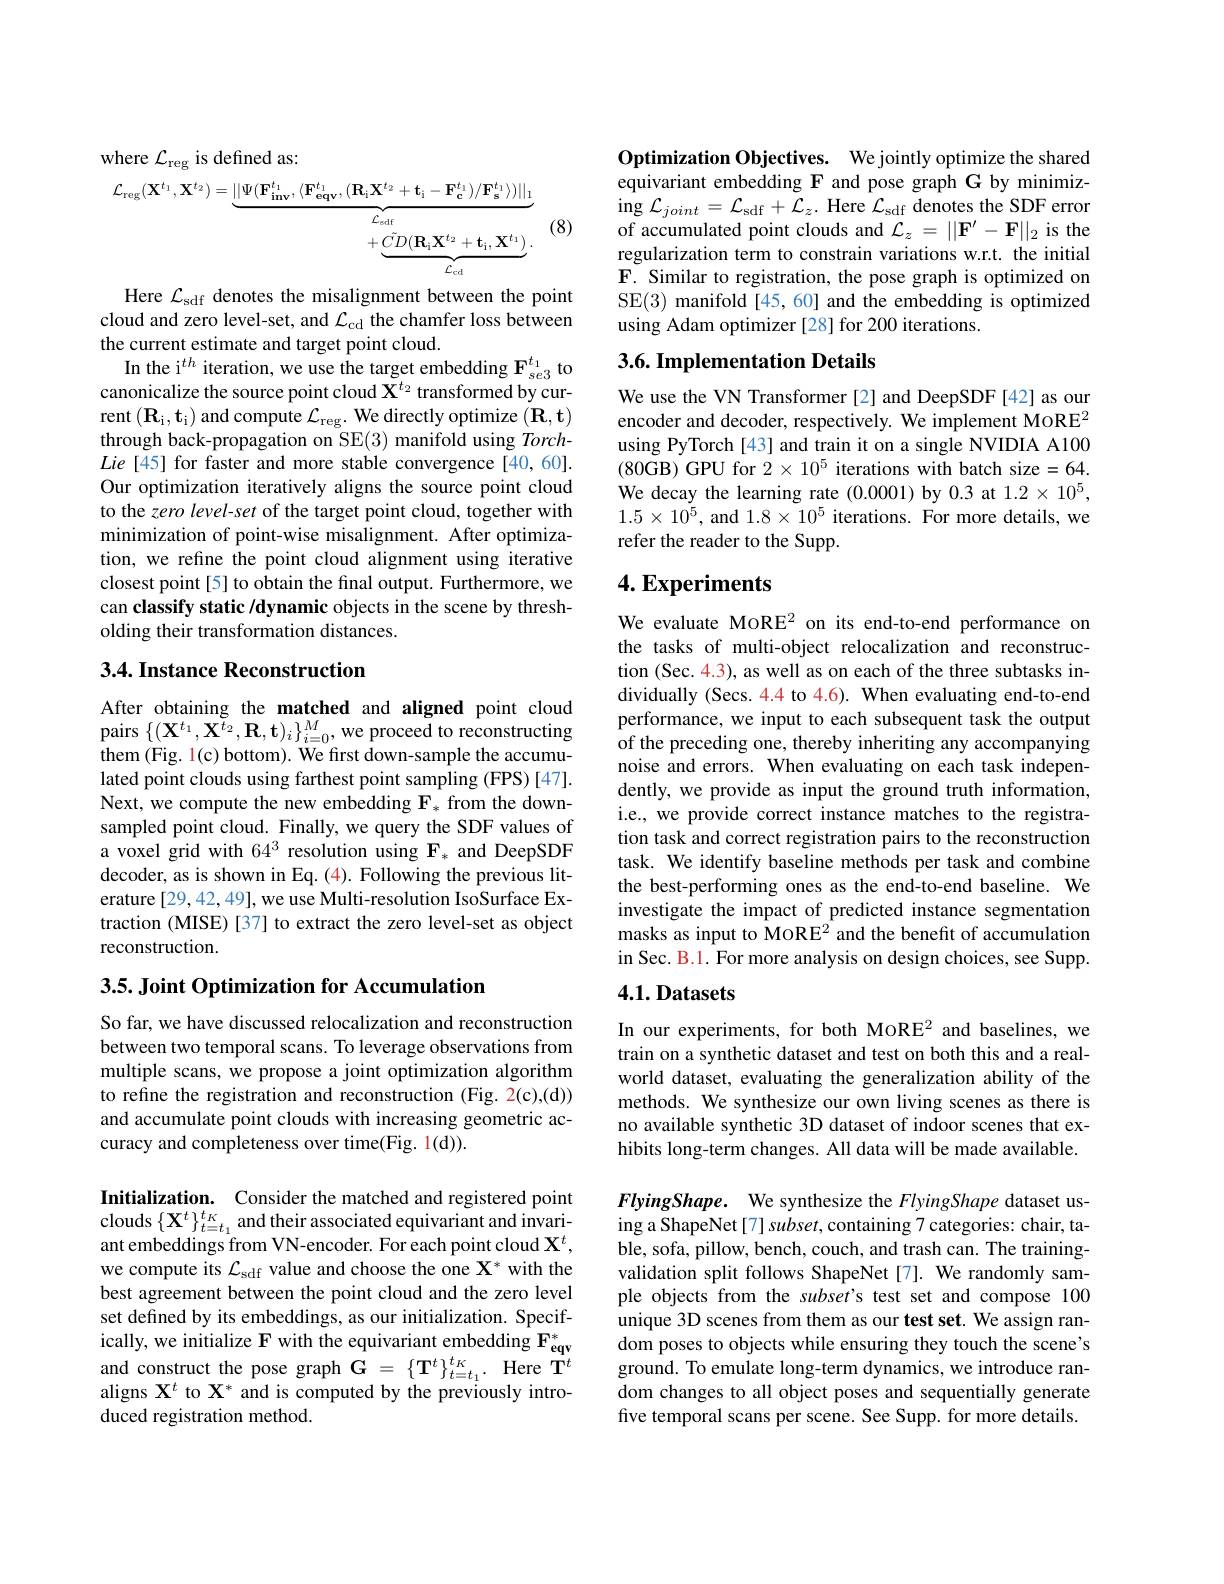
where $\mathcal{L}_\mathrm{reg}$ is defined as:
(8)
$$\begin{aligned}\mathcal{L}_{\mathrm{reg}}(\mathbf{X}^{t_{1}},\mathbf{X}^{t_{2}})=\underbrace{||\Psi(\mathbf{F}_{\mathbf{inv}}^{t_{1}},\langle\mathbf{F}_{\mathbf{eqv}}^{t_{1}},(\mathbf{R}_{\mathbf{i}}\mathbf{X}^{t_{2}}+\mathbf{t}_{\mathbf{i}}-\mathbf{F}_{\mathbf{c}}^{t_{1}})/\mathbf{F}_{\mathbf{s}}^{t_{1}}\rangle)||_{1}}_{\mathcal{L}_{\mathrm{edf}}}\\&+\underbrace{\tilde{CD}(\mathbf{R_{i}X^{t_{2}}+t_{i},X^{t_{1}}})}_{\mathcal{L}_{\mathrm{ed}}}.\end{aligned}$$
Here $\mathcal{L}_\mathrm{sdf}$ denotes the misalignment between the point cloud and zero level-set, and $\mathcal{L}_\mathrm{cd}$ the chamfer loss between the current estimate and target point cloud.
In the i$^th$ iteration, we use the target embedding $\mathbf{F}_{se3}^{t_1}$ to canonicalize the source point cloud $\mathbf{X}^{t_2}$ transformed by current $(\mathbf{R}_{\mathrm{i}},\mathbf{t}_{\mathrm{i}})$ and compute $\mathcal{L}_\mathrm{reg}.$ We directly optimize $(\mathbf{R},\mathbf{t})$ through back-propagation on SE(3) manifold using Torch- $Lie[45]$ for faster and more stable convergence[40,60]. Our optimization iteratively aligns the source point cloud to the zero level-set of the target point cloud, together with minimization of point-wise misalignment. After optimization, we refine the point cloud alignment using iterative closest point[5] to obtain the final output. Furthermore, we can classify static /dynamic objects in the scene by thresholding their transformation distances.

### 3.4. Instance Reconstruction

After obtaining the matched and aligned point cloud pairs $\{(\mathbf{X}^{t_{1}},\mathbf{X}^{t_{2}},\mathbf{R},\mathbf{t})_{i}\}_{i=0}^{M}$,we proceed to reconstructing them (Fig. 1(c) bottom). We first down-sample the accumulated point clouds using farthest point sampling (FPS) [47]. Next, we compute the new embedding $\mathbf{F}_*$ from the downsampled point cloud. Finally, we query the SDF values of a voxel grid with $64^3$ resolution using $\mathbf{F}_*$ and DeepSDF decoder, as is shown in Eq. (4). Following the previous literature [29, 42, 49], we use Multi-resolution IsoSurface Extraction (MISE) [37] to extract the zero level-set as object reconstruction.

3.5. Joint Optimization for Accumulation

So far, we have discussed relocalization and reconstruction between two temporal scans. To leverage observations from multiple scans, we propose a joint optimization algorithm to refine the registration and reconstruction (Fig. 2(c),(d)) and accumulate point clouds with increasing geometric accuracy and completeness over time(Fig. 1(d)).

Initialization. Consider the matched and registered point clouds $\{\mathbf{X}^{t}\}_{t=t_{1}}^{t_{K}}$ and their associated equivariant and invariant embeddings from VN-encoder. For each point cloud $\mathbf{X}^t$, we compute its $\mathcal{L}_\mathrm{sdf}$ value and choose the one X* with the best agreement between the point cloud and the zero level set defined by its embeddings, as our initialization. Specifically, we initialize F with the equivariant embedding $\mathbf{F}_{\mathrm{eqv}}^*$ and construct the pose graph $\mathbf{G}=\{\mathbf{T}^{t}\}_{t=t_{1}}^{t_{K}}.$ Here T$^t$ aligns $\mathbf{X}^t$ to X$^*$ and is computed by the previously introduced registration method.

Optimization Objectives. We jointly optimize the shared equivariant embedding F and pose graph G by minimiz- $\operatorname{ing}\mathcal{L}_{joint}=\mathcal{L}_{\mathrm{sdf}}+\mathcal{L}_{z}.$ Here $\mathcal{L}_\mathrm{sdf}$ denotes the SDF error of accumulated point clouds and $\mathcal{L}_z=||\mathbf{F}^{\prime}-\mathbf{F}||_2$ is the regularization term to constrain variations w.r.t. the initial F. Similar to registration, the pose graph is optimized on SE(3) manifold [45,60] and the embedding is optimized using Adam optimizer [28] for 200 iterations.

## 3.6. Implementation Details

We use the VN Transformer[2] and DeepSDF[42] as our encoder and decoder, respectively. We implement MoRE$^2$ using PyTorch[43] and train it on a single NVIDIA A100 $( 80\dot{\mathrm{GB}} )$ GPU for 2$\times$ 1$0^{5}$ iterations with batch size= 64. We decay the learning rate (0.0001) by 0.3 at $1.2\times10^5$, $1.5\times10^5$, and $1.8\times10^5$ iterations. For more details, we refer the reader to the Supp.

# 4. Experiments

We evaluate MoRE2 on its end-to-end performance on the tasks of multi-object relocalization and reconstruction (Sec. 4.3), as well as on each of the three subtasks individually (Secs. 4.4 to 4.6). When evaluating end-to-end performance, we input to each subsequent task the output of the preceding one, thereby inheriting any accompanying noise and errors. When evaluating on each task independently, we provide as input the ground truth information, i.e., we provide correct instance matches to the registration task and correct registration pairs to the reconstruction task. We identify baseline methods per task and combine the best-performing ones as the end-to-end baseline. We investigate the impact of predicted instance segmentation masks as input to MoRE2 and the benefit of accumulation in Sec. B.1. For more analysis on design choices, see Supp.

## 4.1. Datasets

In our experiments, for both MoRE2 and baselines, we train on a synthetic dataset and test on both this and a realworld dataset, evaluating the generalization ability of the methods. We synthesize our own living scenes as there is no available synthetic 3D dataset of indoor scenes that exhibits long-term changes. All data will be made available.

FlyingShape. We synthesize the FlyingShape dataset using a ShapeNet[7] subset, containing 7 categories: chair, table, sofa, pillow, bench, couch, and trash can. The trainingvalidation split follows ShapeNet[7]. We randomly sample objects from the subset's test set and compose 100 unique 3D scenes from them as our test set. We assign random poses to objects while ensuring they touch the scene's ground. To emulate long-term dynamics, we introduce random changes to all object poses and sequentially generate five temporal scans per scene. See Supp. for more details.